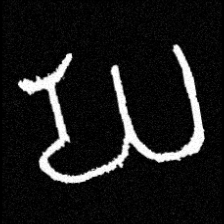
Pyu character \u2014 Myanmar letter: ဃ (romanized: gha)